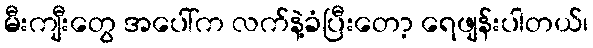
မီးကျီးတွေ အပေါ်က လက်နဲ့ခံပြီးတော့ ရေဖျန်းပါတယ်၊